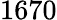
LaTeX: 1670